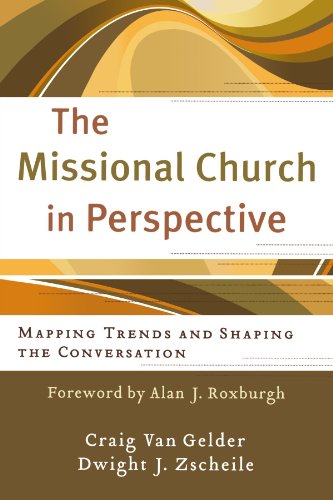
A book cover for The Missional Church in Perspective: Mapping Trends and Shaping the Conversation (The Missional Network); Craig Van Gelder; Christian Books & Bibles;